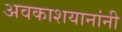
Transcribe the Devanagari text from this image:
अवकाशयानांनी